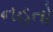
નહતો